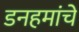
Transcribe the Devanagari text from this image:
डनहमांचे